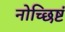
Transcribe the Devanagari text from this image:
नोच्छिष्टं